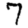
Digit: 7